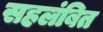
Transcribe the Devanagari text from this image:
सहलंबित